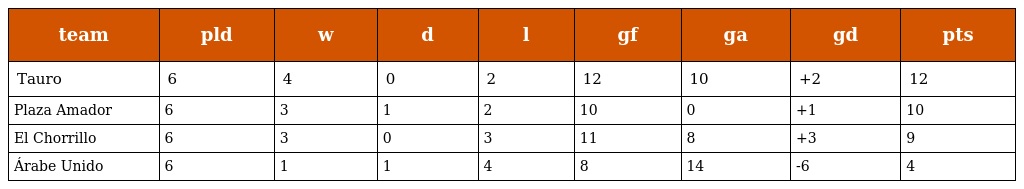
| team | pld | w | d | l | gf | ga | gd | pts |
 | --- | --- | --- | --- | --- | --- | --- | --- | --- |
 | Tauro | 6 | 4 | 0 | 2 | 12 | 10 | +2 | 12 |
 | Plaza Amador | 6 | 3 | 1 | 2 | 10 | 0 | +1 | 10 |
 | El Chorrillo | 6 | 3 | 0 | 3 | 11 | 8 | +3 | 9 |
 | Árabe Unido | 6 | 1 | 1 | 4 | 8 | 14 | -6 | 4 |